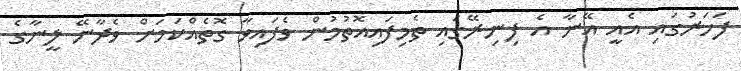
ފަހަރުގައި އެއީ އޭނާ އެ ފިނިރޭގައި ތެމިފައިއޮތުމުން ވެފައިވާ ގޮތެއްކަމަށް ވެދާނޭ ލީނާގެ